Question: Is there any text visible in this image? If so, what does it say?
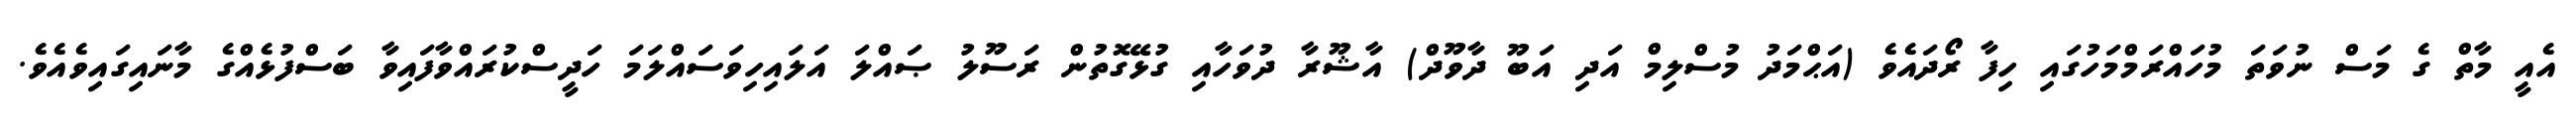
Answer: އެއީ މާތް ގެ މަސް ނުވަތަ މުހައްރަމްމަހުގައި ހިފާ ރޯދައެވެ (އަޙްމަދު މުސްލިމް އަދި އަބޫ ދާވޫދް) އާޝޫރާ ދުވަހާއި ގުޅޭގޮތުން ރަސޫލު ޞައްލަ އަލައިހިވަސައްލަމަ ހަދީސްކުރައްވާފައިވާ ބަސްފުޅެއްގެ މާނައިގައިވެއެވެ.